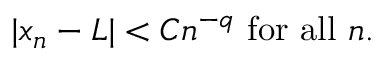
| x _ { n } - L | < C n ^ { - q } { \mathrm { ~ f o r ~ a l l ~ } } n .